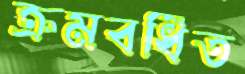
ক্রমবর্ধিত